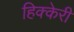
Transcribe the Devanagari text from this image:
हिक्केरी